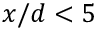
x / d < 5